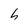
Character: h